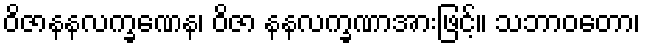
ဝိဇာနနလက္ခဏေန၊ ဝိဇာ နနလက္ခဏာအားဖြင့်။ သဘာဝတော၊